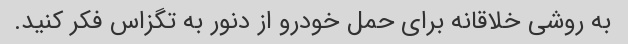
به روشی خلاقانه برای حمل خودرو از دنور به تگزاس فکر کنید.